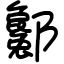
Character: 酁